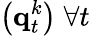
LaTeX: \left(\textbf{q}_{t}^{k}\right)\; \forall t